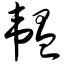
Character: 韫